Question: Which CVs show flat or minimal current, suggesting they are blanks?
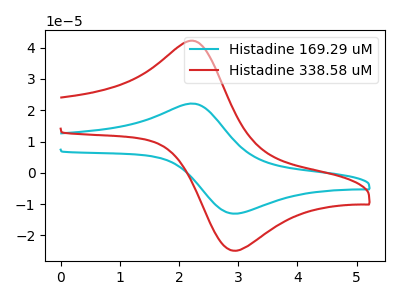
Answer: <think>The cyan curve "Histadine 169.29 uM" has an anodic peak at (2.30V, 22.00uA) and a cathodic peak at (3.00V, -13.05uA). The red curve "Histadine 338.58 uM" has an anodic peak at (2.30V, 41.95uA) and a cathodic peak at (3.00V, -24.85uA).</think>
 <answer>There are not any CV's on this graph that are likely to be blanks.</answer>
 <eval>none</eval>